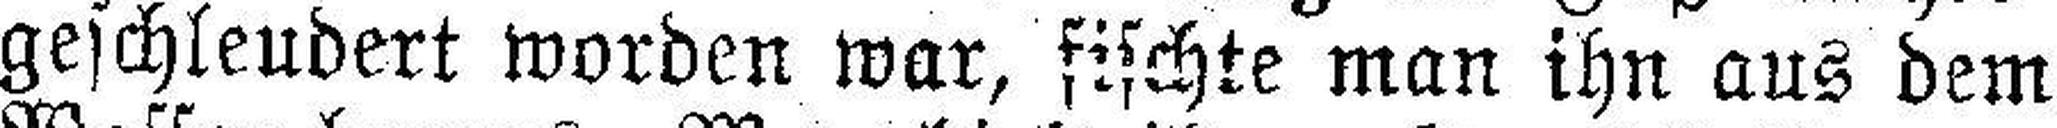
geschleudert worden war, fischte man ihn aus dem